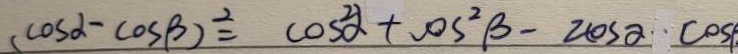
( \cos \alpha - \cos \beta ) ^ { 2 } = \cos ^ { 2 } \alpha + \cos ^ { 2 } \beta - 2 \cos \alpha \cdot \cos